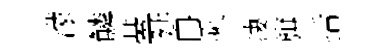
濛鱗䑓延冉乘凄旗括